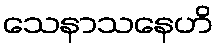
သေနာသနေဟိ